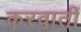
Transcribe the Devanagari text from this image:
करवातीं